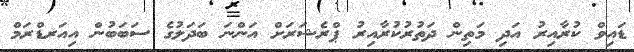
ޑައިވް ކުރާއިރު އަދި މަތިން ދަތުރުކުރާއިރު ޕްރެޝަރަށް އަންނަ ބަދަލުގެ ސަބަބުން އިއަރޑްރަމް